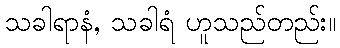
သခါရာနံ, သခါရံ ဟူသည်တည်း။